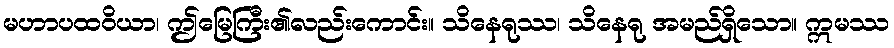
မဟာပထဝိယာ၊ ဤမြေကြီး၏လည်းကောင်း။ သိနေရုဿ၊ သိနေရု အမည်ရှိသော။ ဣမဿ